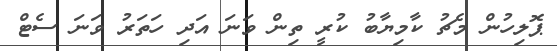
ޕޮލިހުން މެޗު ކާމިޔާބު ކުރީ ތިން ވަނަ އަދި ހަތަރު ވަނަ ސެޓް